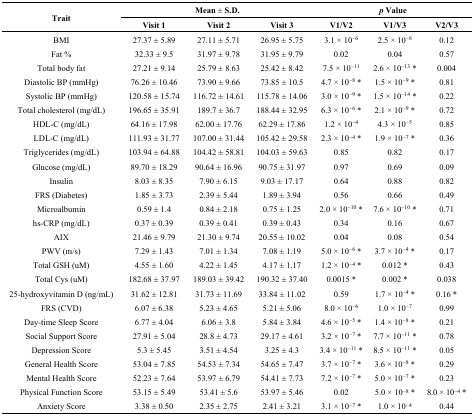
<table><thead><tr><td rowspan="2"><b>Trait</b></td><td colspan="3"><b>Mean ± S.D.</b></td><td colspan="3"><b><i>p</i> Value</b></td></tr><tr><td><b>Visit 1</b></td><td><b>Visit 2</b></td><td><b>Visit 3</b></td><td><b>V1/V2</b></td><td><b>V1/V3</b></td><td><b>V2/V3</b></td></tr></thead><tbody><tr><td>BMI</td><td>27.37 ± 5.89</td><td>27.11 ± 5.71</td><td>26.95 ± 5.75</td><td>3.1 × 10<sup>−6</sup></td><td>2.5 × 10<sup>−8</sup></td><td>0.12</td></tr><tr><td>Fat %</td><td>32.33 ± 9.5</td><td>31.97 ± 9.78</td><td>31.95 ± 9.79</td><td>0.02</td><td>0.04</td><td>0.57</td></tr><tr><td>Total body fat</td><td>27.21 ± 9.14</td><td>25.79 ± 8.63</td><td>25.42 ± 8.42</td><td>7.5 × 10<sup>−11</sup></td><td>2.6 × 10<sup>−13</sup> *</td><td>0.004</td></tr><tr><td>Diastolic BP (mmHg)</td><td>76.26 ± 10.46</td><td>73.90 ± 9.66</td><td>73.85 ± 10.5</td><td>4.7 × 10<sup>−8</sup> *</td><td>1.5 × 10<sup>−9</sup> *</td><td>0.81</td></tr><tr><td>Systolic BP (mmHg)</td><td>120.58 ± 15.74</td><td>116.72 ± 14.61</td><td>115.78 ± 14.06</td><td>3.0 × 10<sup>−9</sup> *</td><td>1.5 × 10<sup>−14</sup> *</td><td>0.22</td></tr><tr><td>Total cholesterol (mg/dL)</td><td>196.65 ± 35.91</td><td>189.7 ± 36.7</td><td>188.44 ± 32.95</td><td>6.3 × 10<sup>−6</sup> *</td><td>2.1 × 10<sup>−9</sup> *</td><td>0.72</td></tr><tr><td>HDL-C (mg/dL)</td><td>64.16 ± 17.98</td><td>62.00 ± 17.76</td><td>62.29 ± 17.86</td><td>1.2 × 10<sup>−4</sup></td><td>4.3 × 10<sup>−5</sup></td><td>0.85</td></tr><tr><td>LDL-C (mg/dL)</td><td>111.93 ± 31.77</td><td>107.00 ± 31.44</td><td>105.42 ± 29.58</td><td>2.3 × 10<sup>−4</sup> *</td><td>1.9 × 10<sup>−7</sup> *</td><td>0.36</td></tr><tr><td>Triglycerides (mg/dL)</td><td>103.94 ± 64.88</td><td>104.42 ± 58.81</td><td>104.03 ± 59.63</td><td>0.85</td><td>0.82</td><td>0.17</td></tr><tr><td>Glucose (mg/dL)</td><td>89.70 ± 18.29</td><td>90.64 ± 16.96</td><td>90.75 ± 31.97</td><td>0.97</td><td>0.69</td><td>0.09</td></tr><tr><td>Insulin</td><td>8.03 ± 8.35</td><td>7.90 ± 6.15</td><td>9.03 ± 17.17</td><td>0.64</td><td>0.88</td><td>0.82</td></tr><tr><td>FRS (Diabetes)</td><td>1.85 ± 3.73</td><td>2.39 ± 5.44</td><td>1.89 ± 3.94</td><td>0.56</td><td>0.66</td><td>0.49</td></tr><tr><td>Microalbumin</td><td>0.59 ± 1.4</td><td>0.84 ± 2.18</td><td>0.75 ± 1.25</td><td>2.0 × 10<sup>−10</sup> *</td><td>7.6 × 10<sup>−10</sup> *</td><td>0.71</td></tr><tr><td>hs-CRP (mg/dL)</td><td>0.37 ± 0.39</td><td>0.39 ± 0.41</td><td>0.39 ± 0.43</td><td>0.34</td><td>0.16</td><td>0.67</td></tr><tr><td>AIX</td><td>21.46 ± 9.79</td><td>21.30 ± 9.74</td><td>20.55 ± 10.02</td><td>0.04</td><td>0.08</td><td>0.54</td></tr><tr><td>PWV (m/s)</td><td>7.29 ± 1.43</td><td>7.01 ± 1.34</td><td>7.08 ± 1.19</td><td>5.0 × 10<sup>−6</sup> *</td><td>3.7 × 10<sup>−4</sup> *</td><td>0.17</td></tr><tr><td>Total GSH (uM)</td><td>4.55 ± 1.60</td><td>4.22 ± 1.45</td><td>4.17 ± 1.17</td><td>1.2 × 10<sup>−4</sup> *</td><td>0.012 *</td><td>0.43</td></tr><tr><td>Total Cys (uM)</td><td>182.68 ± 37.97</td><td>189.03 ± 39.42</td><td>190.32 ± 37.40</td><td>0.0015 *</td><td>0.002 *</td><td>0.038</td></tr><tr><td>25-hydroxyvitamin D (ng/mL)</td><td>31.62 ± 12.81</td><td>31.73 ± 11.69</td><td>33.84 ± 11.02</td><td>0.59</td><td>1.7 × 10<sup>−4</sup> *</td><td>0.16 *</td></tr><tr><td>FRS (CVD)</td><td>6.07 ± 6.38</td><td>5.23 ± 4.65</td><td>5.21 ± 5.06</td><td>8.0 × 10<sup>−6</sup></td><td>1.0 × 10<sup>−7</sup></td><td>0.99</td></tr><tr><td>Day-time Sleep Score</td><td>6.77 ± 4.04</td><td>6.06 ± 3.8</td><td>5.84 ± 3.84</td><td>4.6 × 10<sup>−5</sup> *</td><td>1.4 × 10<sup>−8</sup> *</td><td>0.21</td></tr><tr><td>Social Support Score</td><td>27.91 ± 5.04</td><td>28.8 ± 4.73</td><td>29.17 ± 4.61</td><td>3.2 × 10<sup>−7</sup> *</td><td>7.7 × 10<sup>−11</sup> *</td><td>0.78</td></tr><tr><td>Depression Score</td><td>5.3 ± 5.45</td><td>3.51 ± 4.54</td><td>3.25 ± 4.3</td><td>3.4 × 10<sup>−11</sup> *</td><td>8.5 × 10<sup>−11</sup> *</td><td>0.05</td></tr><tr><td>General Health Score</td><td>53.04 ± 7.85</td><td>54.53 ± 7.34</td><td>54.65 ± 7.47</td><td>3.7 × 10<sup>−7</sup> *</td><td>3.6 × 10<sup>−8</sup> *</td><td>0.29</td></tr><tr><td>Mental Health Score</td><td>52.23 ± 7.64</td><td>53.97 ± 6.79</td><td>54.41 ± 7.73</td><td>7.2 × 10<sup>−7</sup> *</td><td>5.0 × 10<sup>−7</sup> *</td><td>0.23</td></tr><tr><td>Physical Function Score</td><td>53.15 ± 5.49</td><td>53.41 ± 5.6</td><td>53.97 ± 5.46</td><td>0.02</td><td>5.0 × 10<sup>−8</sup> *</td><td>8.0 × 10<sup>−4</sup> *</td></tr><tr><td>Anxiety Score</td><td>3.38 ± 0.50</td><td>2.35 ± 2.75</td><td>2.41 ± 3.21</td><td>3.1 × 10<sup>−7</sup> *</td><td>1.0 × 10<sup>−4</sup></td><td>0.44</td></tr></tbody></table>